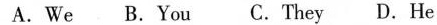
A.We B.You C.They D. He